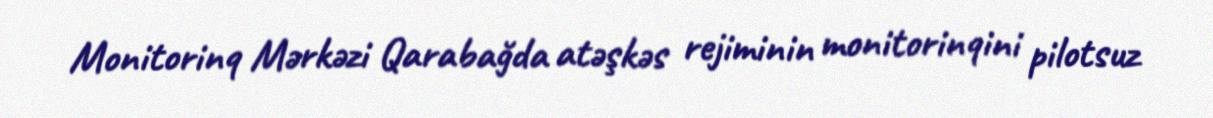
Monitorinq Mərkəzi Qarabağda atəşkəs rejiminin monitorinqini pilotsuz